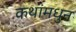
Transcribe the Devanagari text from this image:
कथांमधुन